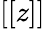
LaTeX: [[z]]